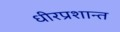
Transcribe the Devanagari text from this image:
धीरप्रशान्त